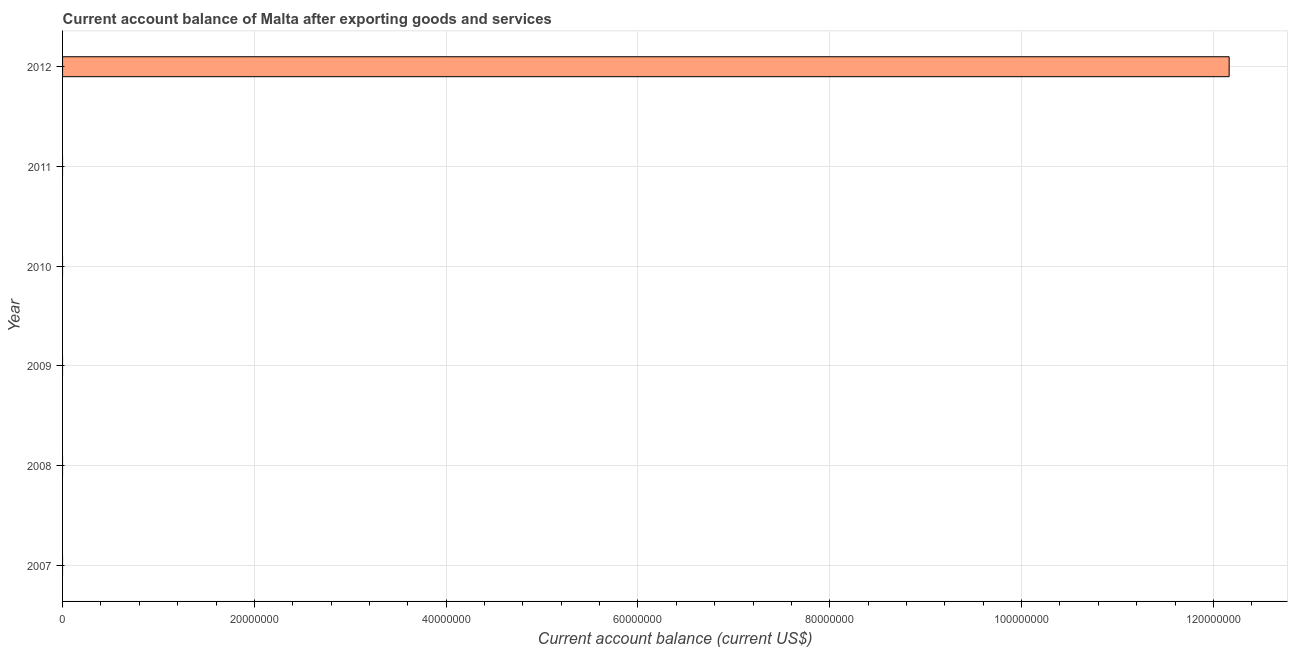
| Year | Current account balance |
 | --- | --- |
 | 2007 | -3.16e+08 |
 | 2008 | -7.77e+07 |
 | 2009 | -5.57e+08 |
 | 2010 | -4.2e+08 |
 | 2011 | -2.31e+08 |
 | 2012 | 1.22e+08 |